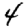
Digit: 4